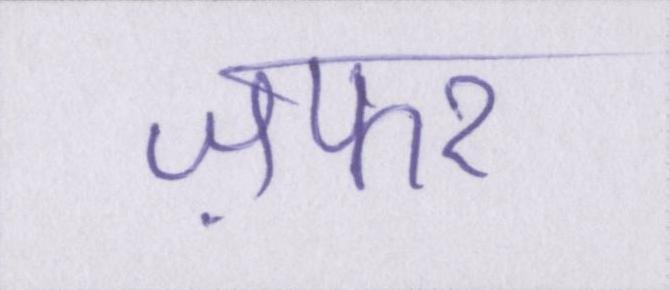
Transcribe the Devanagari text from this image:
ज़फर